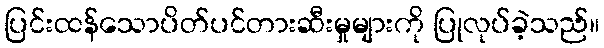
ပြင်းထန်သောပိတ်ပင်တားဆီးမှုများကို ပြုလုပ်ခဲ့သည်။